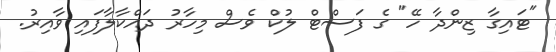
"ޓައިގާ ޒިންދާ ހޭ" ގެ ފަސްޓް ލުކް ވެސް މިހާރު ދައްކާލާފައި ވާއިރު.